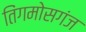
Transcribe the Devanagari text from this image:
तिंगमोसगंज